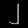
Digit: ၂